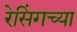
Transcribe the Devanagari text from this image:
रेसिंगच्या